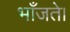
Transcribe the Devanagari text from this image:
भाँजते।